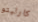
كارليتو